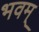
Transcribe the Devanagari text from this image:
भवम्